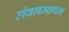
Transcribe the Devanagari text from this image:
लंबनमापन